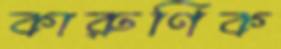
কারুণিক